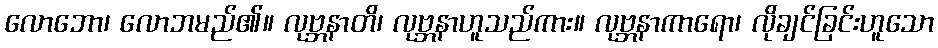
လောဘော၊ လောဘမည်၏။ လုဗ္ဘနာတိ၊ လုဗ္ဘနာဟူသည်ကား။ လုဗ္ဘနာကာရော၊ လိုချင်ခြင်းဟူသော